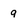
Character: 9